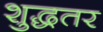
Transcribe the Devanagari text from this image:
शुद्धतर